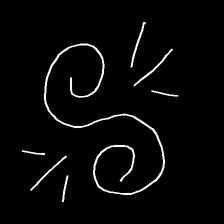
Glyph: wind-directs-air